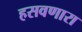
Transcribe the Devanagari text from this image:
हसवणारा